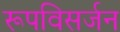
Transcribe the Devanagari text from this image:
रूपविसर्जन